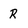
Character: R